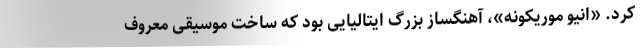
کرد. «انیو موریکونه»، آهنگساز بزرگ ایتالیایی بود که ساخت موسیقی معروف